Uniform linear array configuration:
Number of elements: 12
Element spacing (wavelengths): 0.25
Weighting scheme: blackman
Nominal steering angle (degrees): -60
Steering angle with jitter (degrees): -61.452
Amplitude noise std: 0.05
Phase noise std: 0.05

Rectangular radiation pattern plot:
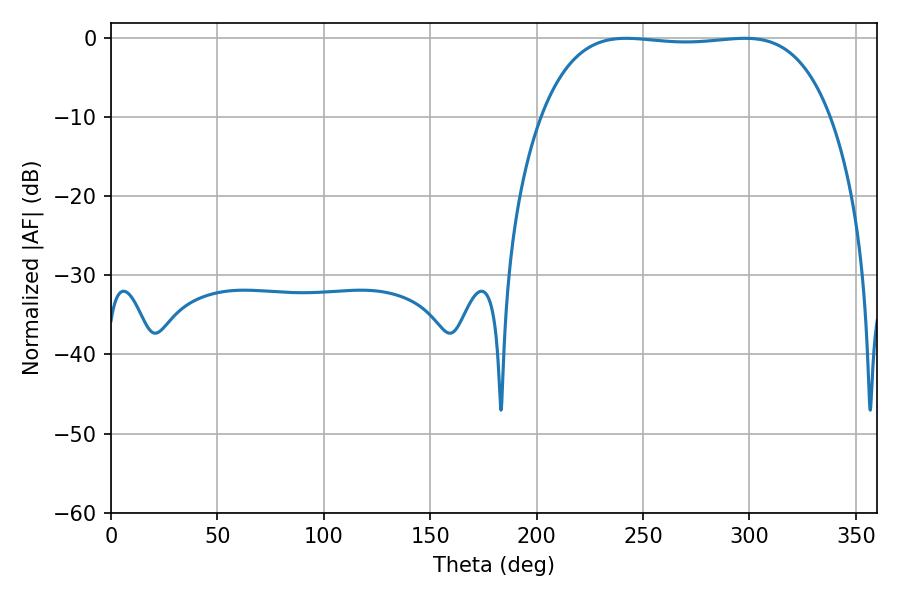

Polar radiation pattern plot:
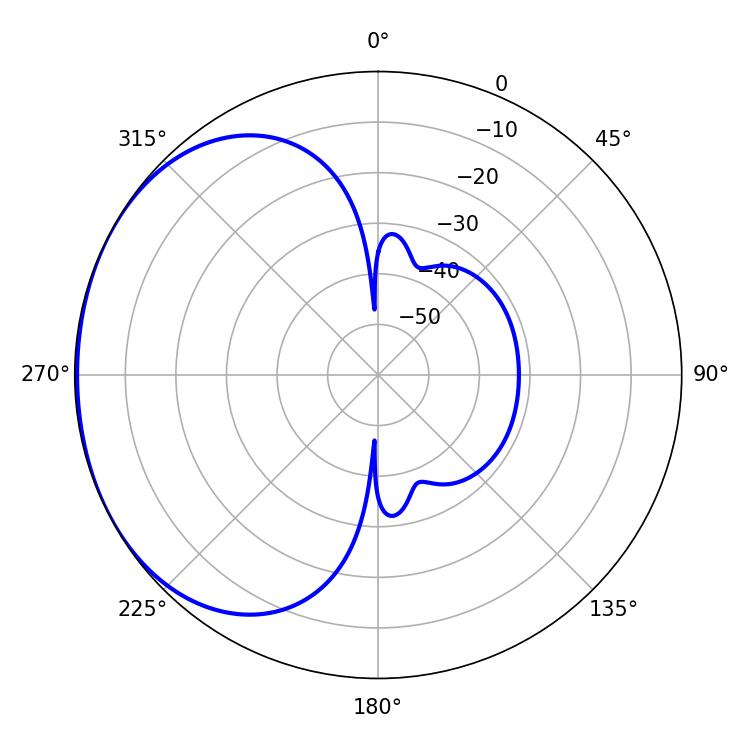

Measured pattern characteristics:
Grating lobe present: FALSE
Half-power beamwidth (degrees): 107.28
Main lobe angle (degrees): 242.1